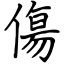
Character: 傷